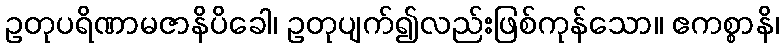
ဥတုပရိဏာမဇာနိပိခေါ၊ ဥတုပျက်၍လည်းဖြစ်ကုန်သော။ ဧကစ္စာနိ၊